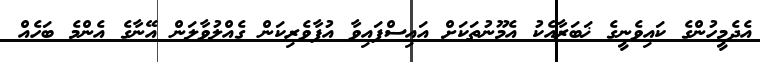
އެދެމީހުންގެ ކައިވެނީގެ ޚަބަރާއެކު އެމޫނުތަކަށް އައިސްފައިވާ އުފާވެރިކަން ގެއްލުވާލަން އޭނާގެ އެންމެ ބަހެއް